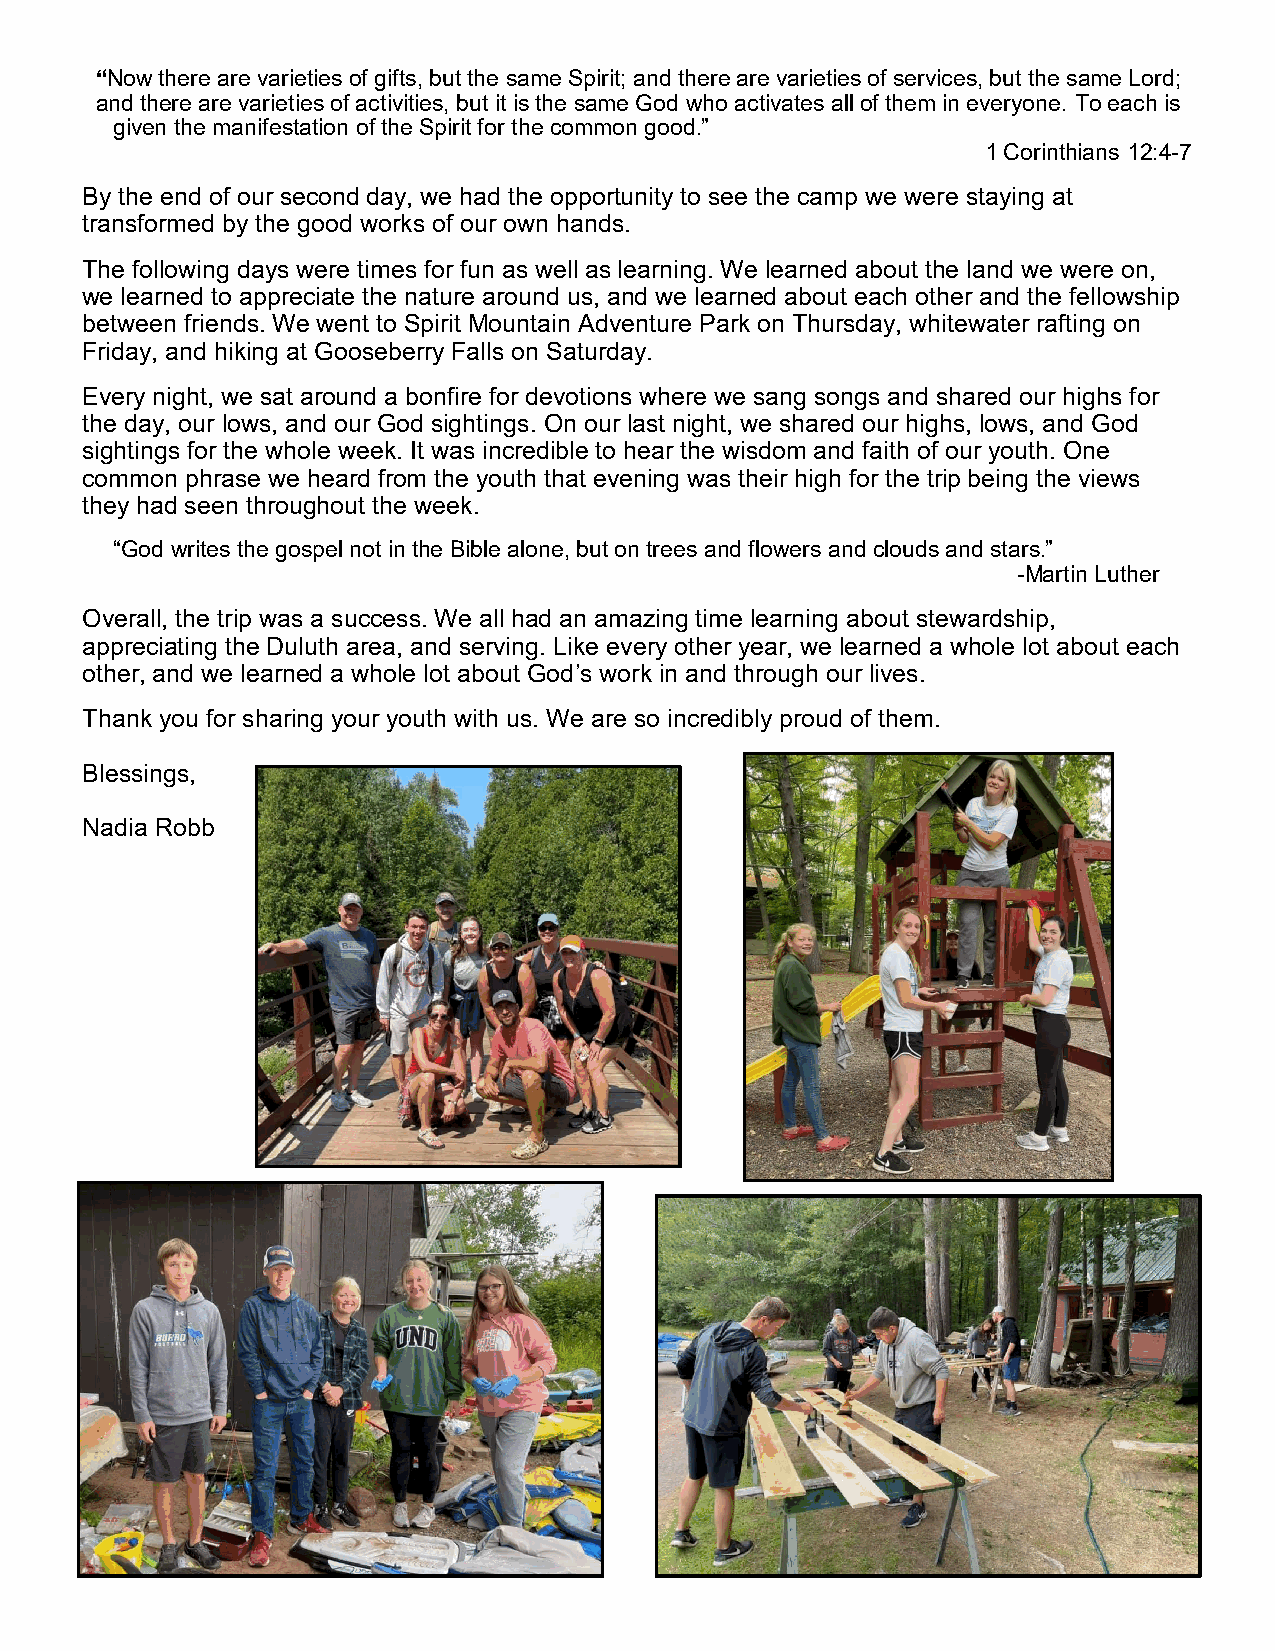
“Now there are varieties of gifts, but the same Spirit; and there are varieties of services, but the same Lord;
 and there are varieties of activities, but it is the same God who activates all of them in everyone. To each is
 given the manifestation of the Spirit for the common good.”
 1 Corinthians 12:4-7
 By the end of our second day, we had the opportunity to see the camp we were staying at
 transformed by the good works of our own hands.
 The following days were times for fun as well as learning. We learned about the land we were on,
 we learned to appreciate the nature around us, and we learned about each other and the fellowship
 between friends. We went to Spirit Mountain Adventure Park on Thursday, whitewater rafting on
 Friday, and hiking at Gooseberry Falls on Saturday.
 Every night, we sat around a bonfire for devotions where we sang songs and shared our highs for
 the day, our lows, and our God sightings. On our last night, we shared our highs, lows, and God
 sightings for the whole week. It was incredible to hear the wisdom and faith of our youth. One
 common phrase we heard from the youth that evening was their high for the trip being the views
 they had seen throughout the week.
 “God writes the gospel not in the Bible alone, but on trees and flowers and clouds and stars.”
 -Martin Luther
 Overall, the trip was a success. We all had an amazing time learning about stewardship,
 appreciating the Duluth area, and serving. Like every other year, we learned a whole lot about each
 other, and we learned a whole lot about God’s work in and through our lives.
 Thank you for sharing your youth with us. We are so incredibly proud of them.
 Blessings,
 Nadia Robb